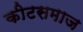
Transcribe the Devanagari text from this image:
कीटसमाज